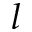
l